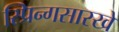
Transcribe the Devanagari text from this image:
स्प्रिन्गसारखे